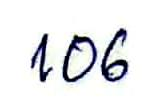
106